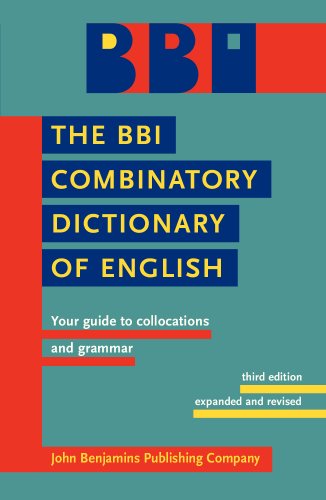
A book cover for The BBI Combinatory Dictionary of English: Your guide to collocations and grammar.; Reference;